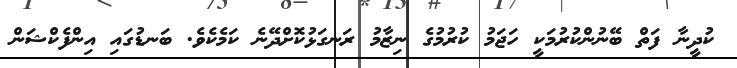
ކުދީނާ ފަތް ބޭނުންކުރުމަކީ ހަޖަމު ކުރުމުގެ ނިޒާމު ރަނގަޅުކޮށްދޭނެ ކަމެކެވެ. ބަނޑުގައި އިންފެކްޝަން